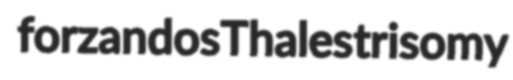
forzandos Thales trisomy